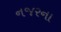
નજરના